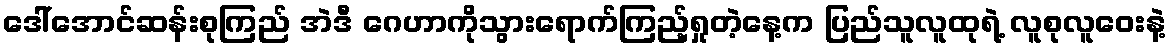
ဒေါ်အောင်ဆန်းစုကြည် အဲဒီ ဂေဟာကိုသွားရောက်ကြည့်ရှုတဲ့နေ့က ပြည်သူလူထုရဲ့ လူစုလူဝေးနဲ့